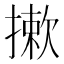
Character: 摗